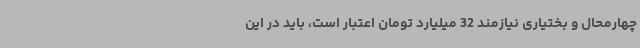
چهارمحال و بختیاری نیازمند 32 میلیارد تومان اعتبار است، باید در این